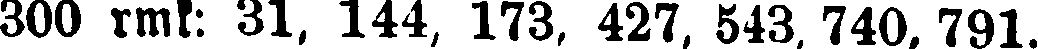
300 rmk: 31, 144, 173, 427, 543, 740, 791.